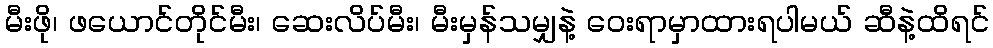
မီးဖို၊ ဖယောင်တိုင်မီး၊ ဆေးလိပ်မီး၊ မီးမှန်သမျှနဲ့ ဝေးရာမှာထားရပါမယ် ဆီနဲ့ထိရင်